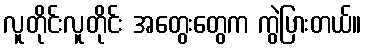
လူတိုင်းလူတိုင်း အတွေးတွေက ကွဲပြားတယ်။